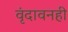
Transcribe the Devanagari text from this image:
वृंदावनही